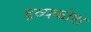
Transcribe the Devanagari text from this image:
द्रव्यकोश